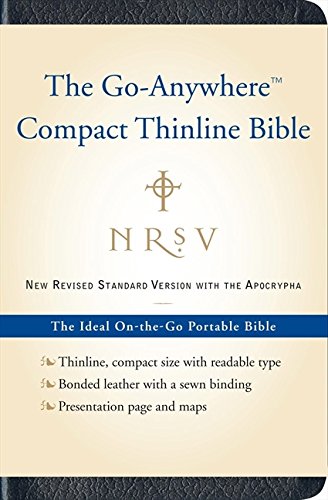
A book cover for NRSV Go-Anywhere Compact Thinline Bible with the Apocrypha (Bonded Leather, Navy; Harper Bibles; Christian Books & Bibles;